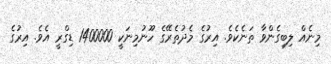
މިނެއް ލިބިގެންވާ ތަނެކެވެ. އިރުގެ މެދުތެރޭގެ ހޫނުމިނަކީ 1400000 ޑިގްރީ އެވެ. އިރުގެ